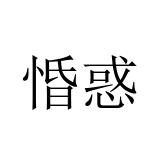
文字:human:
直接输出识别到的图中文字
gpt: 惛惑